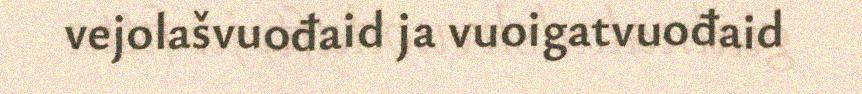
vejolašvuođaid ja vuoigatvuođaid